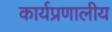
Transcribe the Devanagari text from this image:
कार्यप्रणालीय